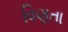
વિણતા